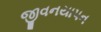
જીવનયાપન